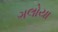
ગલોયા